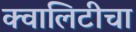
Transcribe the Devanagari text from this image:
क्वालिटीचा